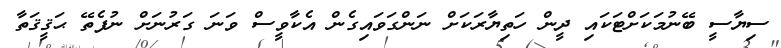
ސިޔާސީ ބޭނުމަކަށްޓަކައި ދީން ހަތިޔާރަކަށް ނަންގަވައިގެން އެކާވީސް ވަނަ ގަރުނަށް ނުފެތޭ ޙަޤީޤަތާ